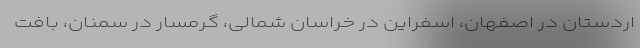
اردستان در اصفهان، اسفراین در خراسان شمالی، گرمسار در سمنان، بافت